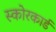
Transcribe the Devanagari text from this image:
स्‍कोरकार्ड